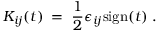
K _ { i j } ( t ) \; = \; \frac { 1 } { 2 } \epsilon _ { i j } \mathrm { s i g n } ( t ) \; .